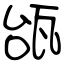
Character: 瓵